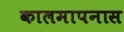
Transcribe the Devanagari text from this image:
कालमापनास